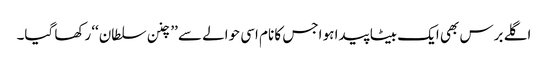
اگلے برس بھی ایک بیٹا پیدا ہو اجس کا نام اسی حوالے سے ’’چنن سلطان‘‘ رکھا گیا۔